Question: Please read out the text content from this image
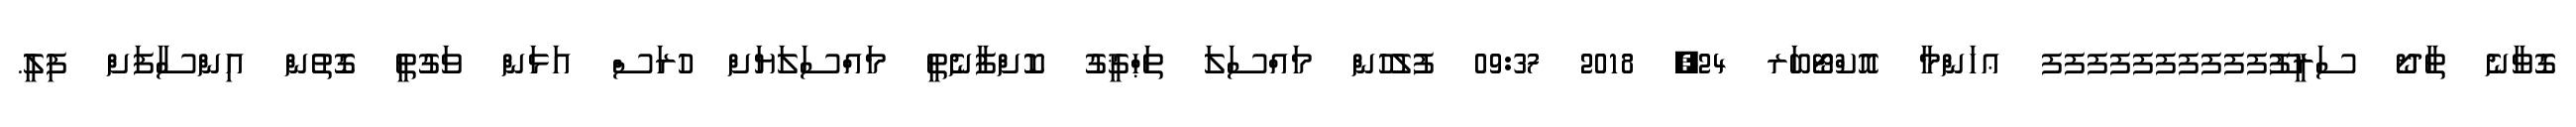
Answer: ގޮވާނެ ތާދޯ ސަރީފޫފފފފފފފފފފ ޢހަންމާ އޮކްޓޯބަރ 24, 2018 09:37 ފުލުހުން މައްސަލަ ތަޙްޤީގު ކޮށްފާނެތީ މައްސަލަޔަށް ހުރަސް އަޅަން ވަގުތީ ގޮތުން އިންސާފަށް ފިލީ.